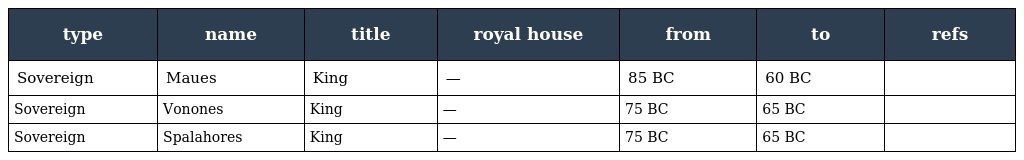
| type | name | title | royal house | from | to | refs |
 | --- | --- | --- | --- | --- | --- | --- |
 | Sovereign | Maues | King | — | 85 BC | 60 BC |  |
 | Sovereign | Vonones | King | — | 75 BC | 65 BC |  |
 | Sovereign | Spalahores | King | — | 75 BC | 65 BC |  |